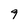
Character: 9